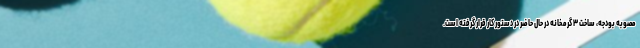
مصوبه بودجه، ساخت ۳ گرمخانه در حال حاضر در دستور کار قرار گرفته است.